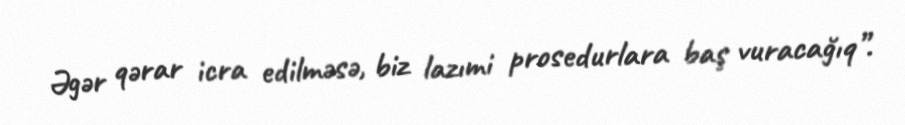
Əgər qərar icra edilməsə, biz lazımi prosedurlara baş vuracağıq”.